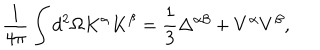
\frac { 1 } { 4 \pi } \int d ^ { 2 } \Omega K ^ { \alpha } K ^ { \beta } = \frac { 1 } { 3 } \Delta ^ { \alpha \beta } + V ^ { \alpha } V ^ { \beta } ,